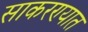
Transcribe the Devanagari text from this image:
साकरण्यात